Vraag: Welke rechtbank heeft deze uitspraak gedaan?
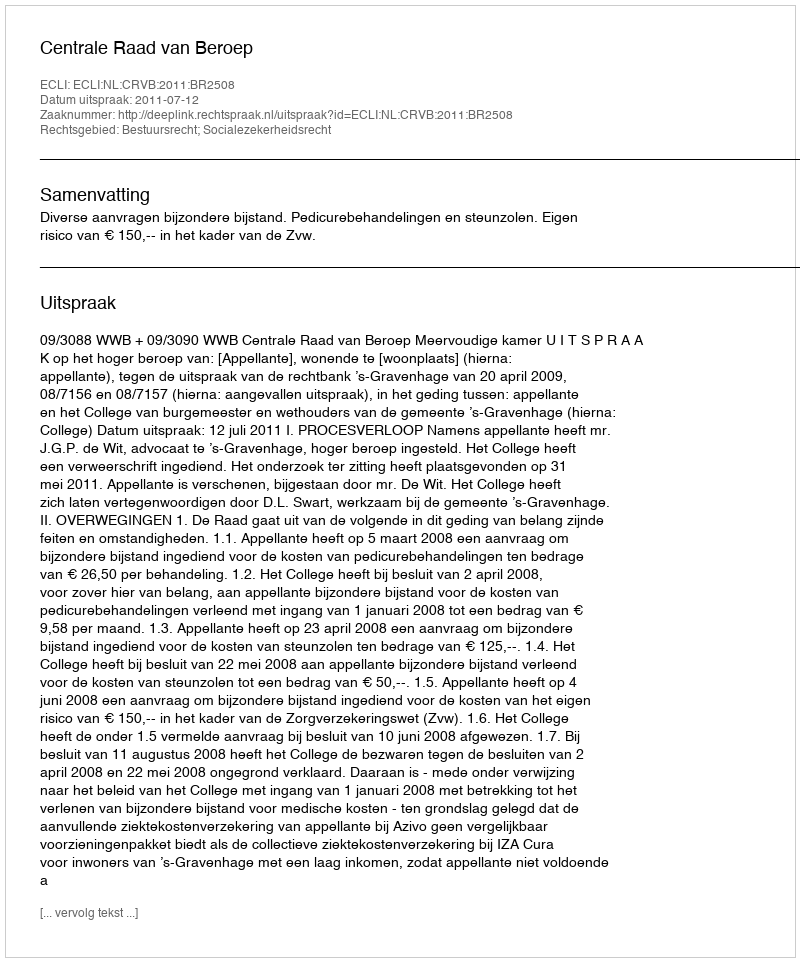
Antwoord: Centrale Raad van Beroep